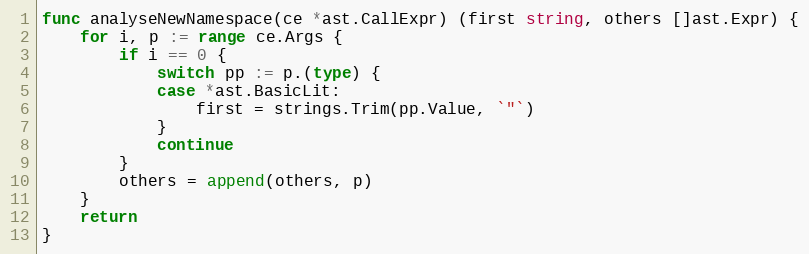
Language: Go
func analyseNewNamespace(ce *ast.CallExpr) (first string, others []ast.Expr) {
	for i, p := range ce.Args {
		if i == 0 {
			switch pp := p.(type) {
			case *ast.BasicLit:
				first = strings.Trim(pp.Value, `"`)
			}
			continue
		}
		others = append(others, p)
	}
	return
}